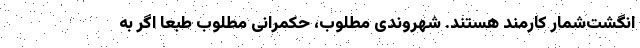
انگشت‌شمار کارمند هستند. شهروندی مطلوب، حکمرانی مطلوب طبعاً اگر به